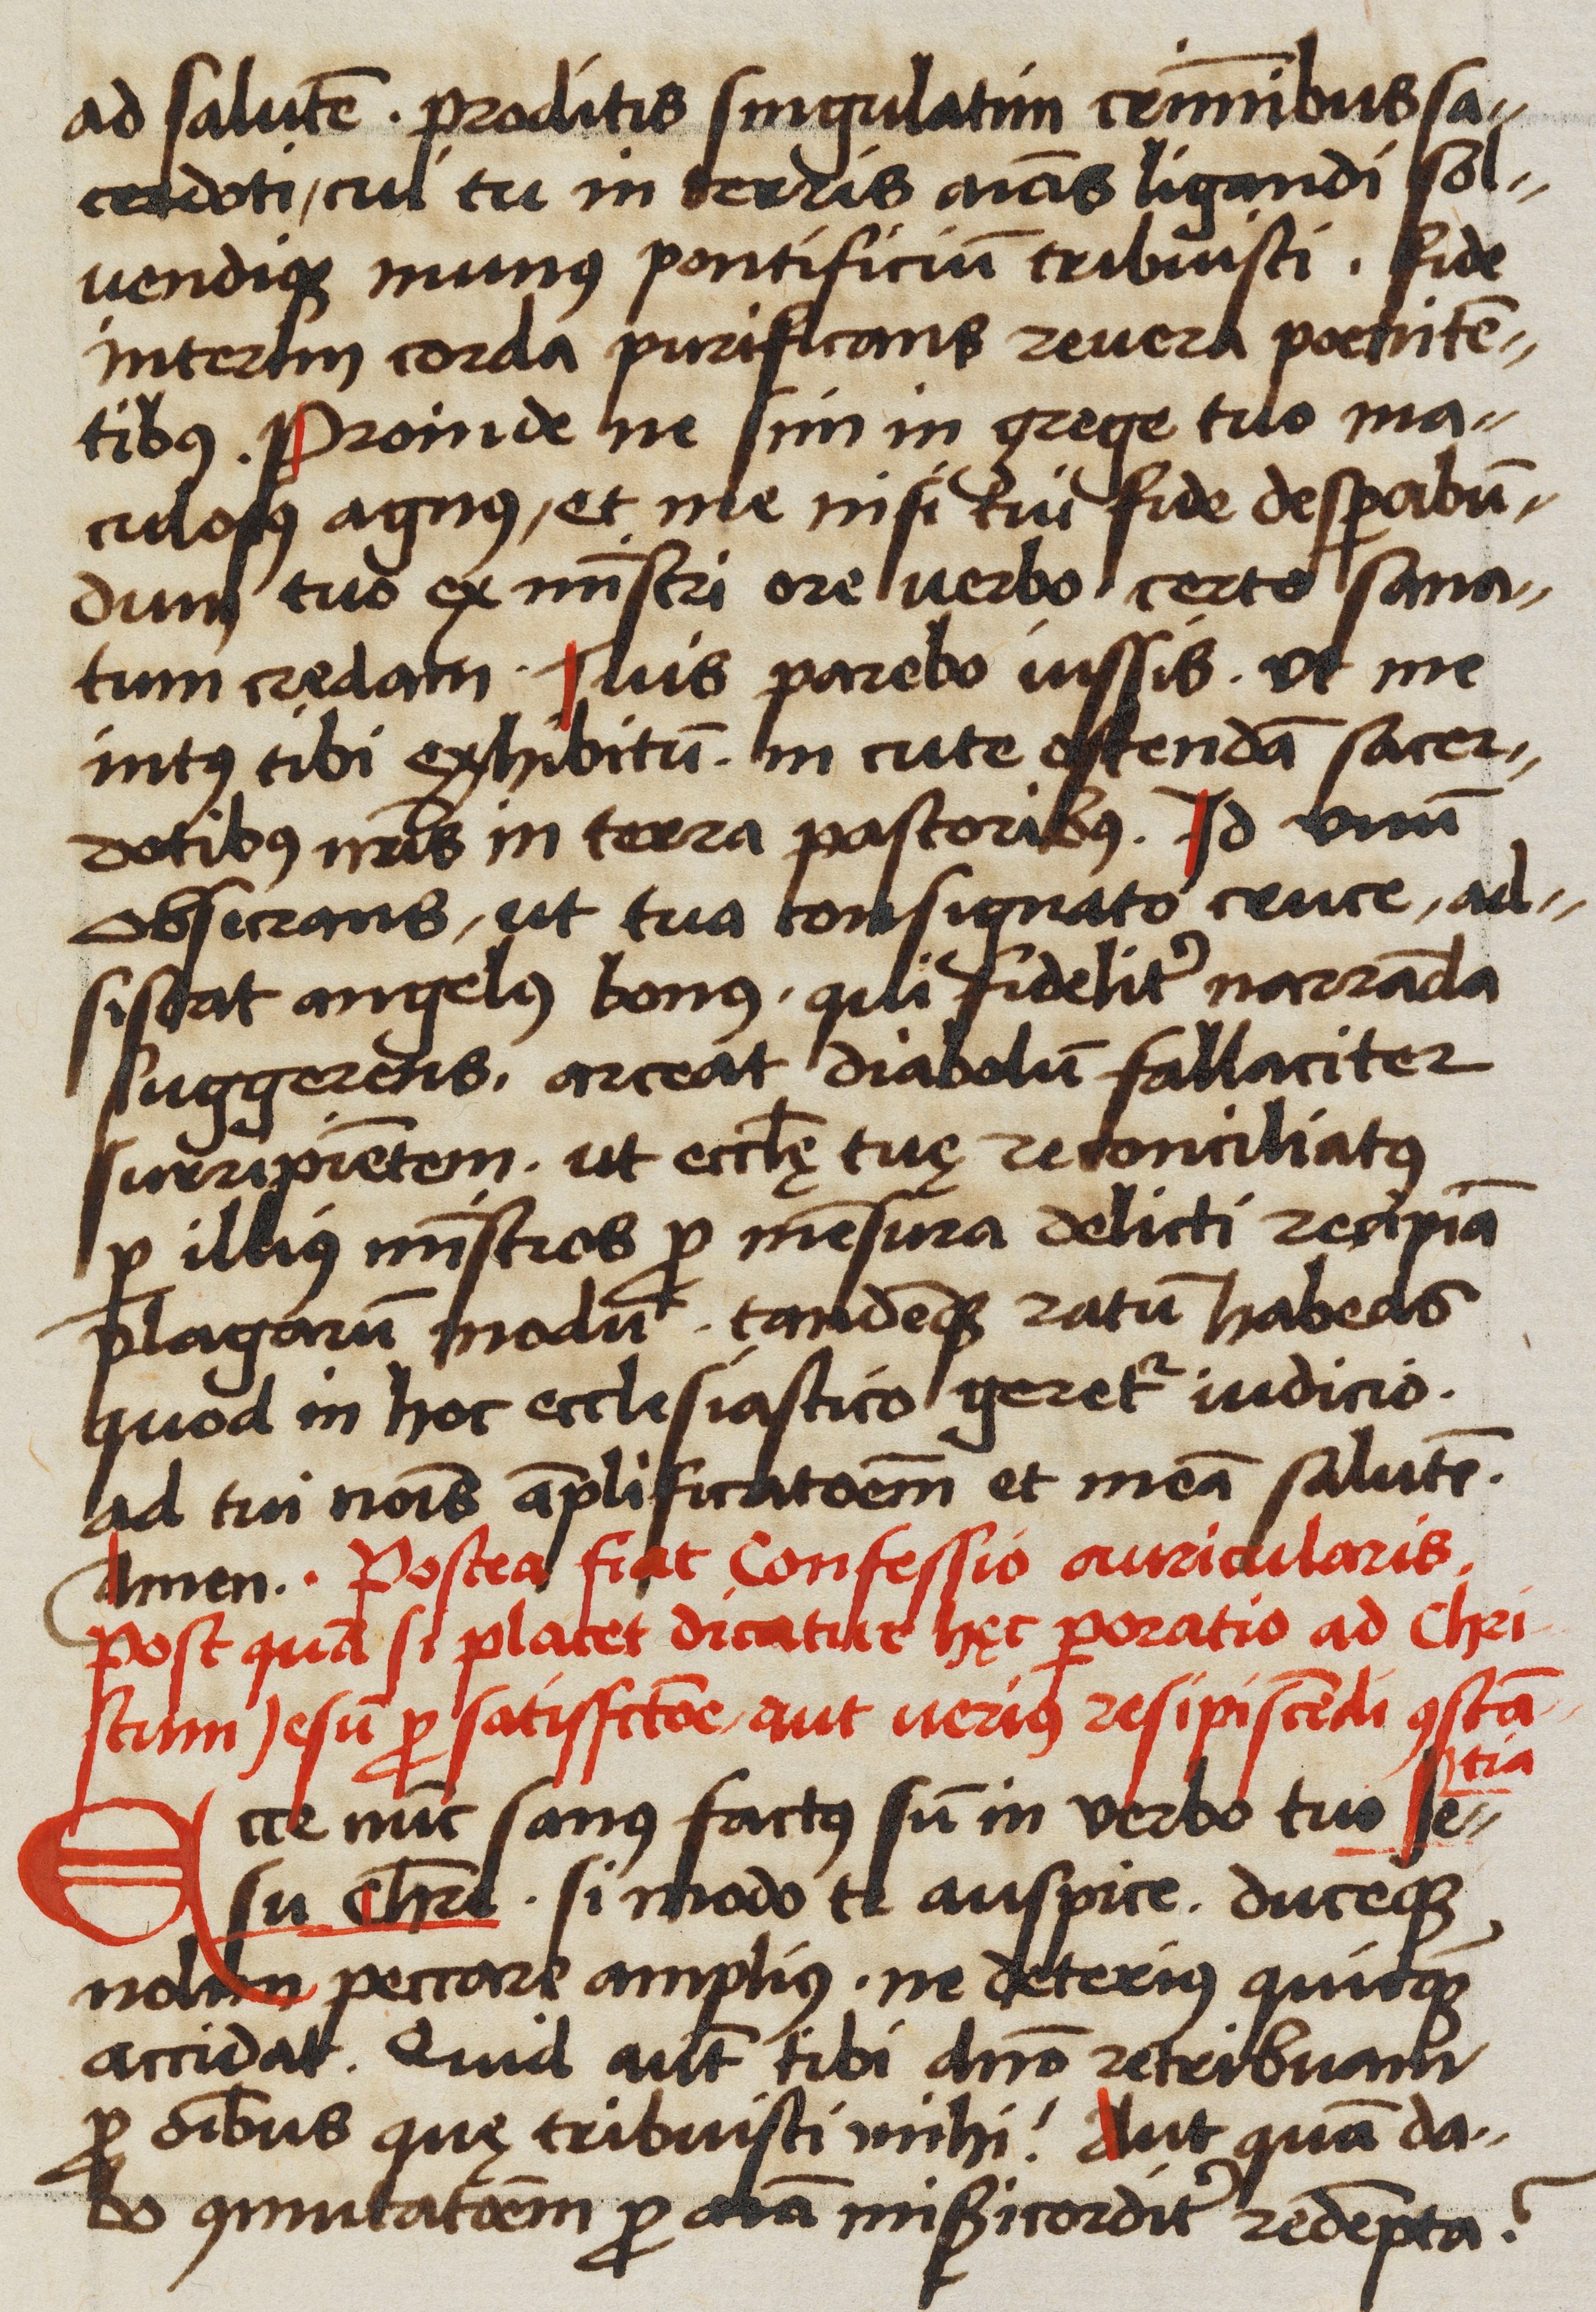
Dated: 1523–1523